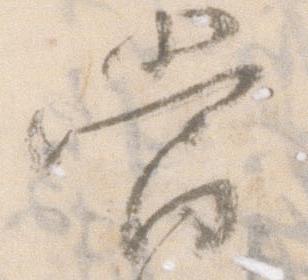
当